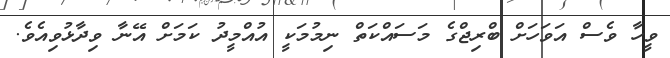
ވީހާ ވެސް އަވަހަށް ބްރިޖްގެ މަސައްކަތް ނިމުމަކީ އުއްމީދު ކަމަށް އޭނާ ވިދާޅުވިއެވެ.